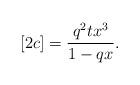
LaTeX: \begin{align*}[2c] = \frac{q^2 t x^3}{1-qx}.\end{align*}